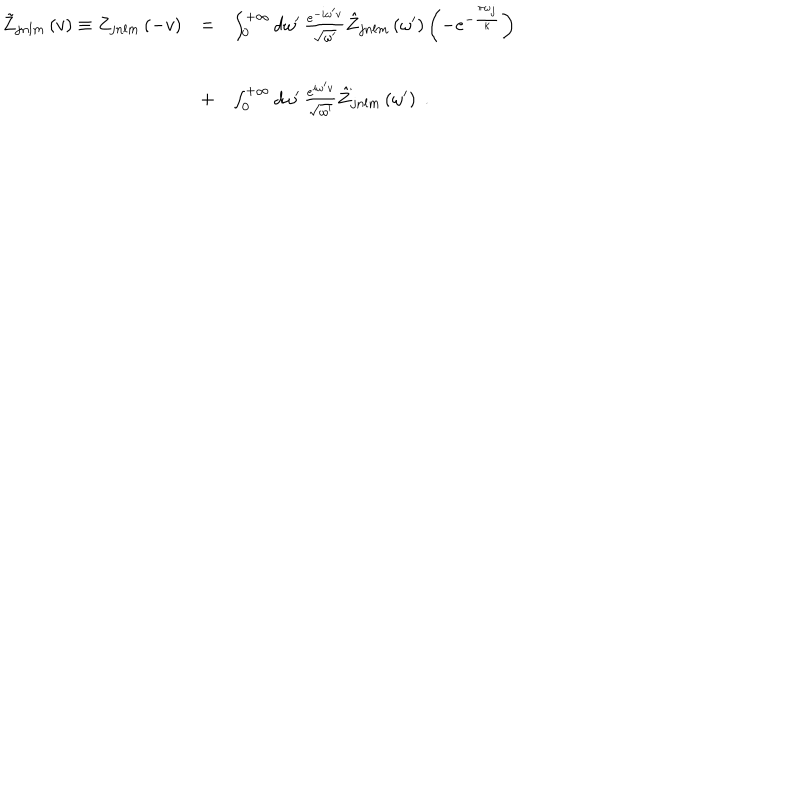
LaTeX: \begin{array} { l c l } { { \tilde { Z } _ { j n l m } \left( v \right) \equiv Z _ { j n l m } \left( - v \right) } } & { { = } } & { { \int _ { 0 } ^ { + \infty } d \omega ^ { \prime } \, \frac { e ^ { - i \omega ^ { \prime } v } } { \sqrt { \omega ^ { \prime } } } \hat { Z } _ { j n l m } \left( \omega ^ { \prime } \right) \left( - e ^ { - { \frac { \pi \omega _ { j } } { \kappa } } } \right) } } \\ { { \ } } & { { + } } & { { \int _ { 0 } ^ { + \infty } d \omega ^ { \prime } \, \frac { e ^ { i \omega ^ { \prime } v } } { \sqrt { \omega ^ { \prime } } } \hat { Z } _ { j n l m } \left( \omega ^ { \prime } \right) \; . } } \\ \end{array}